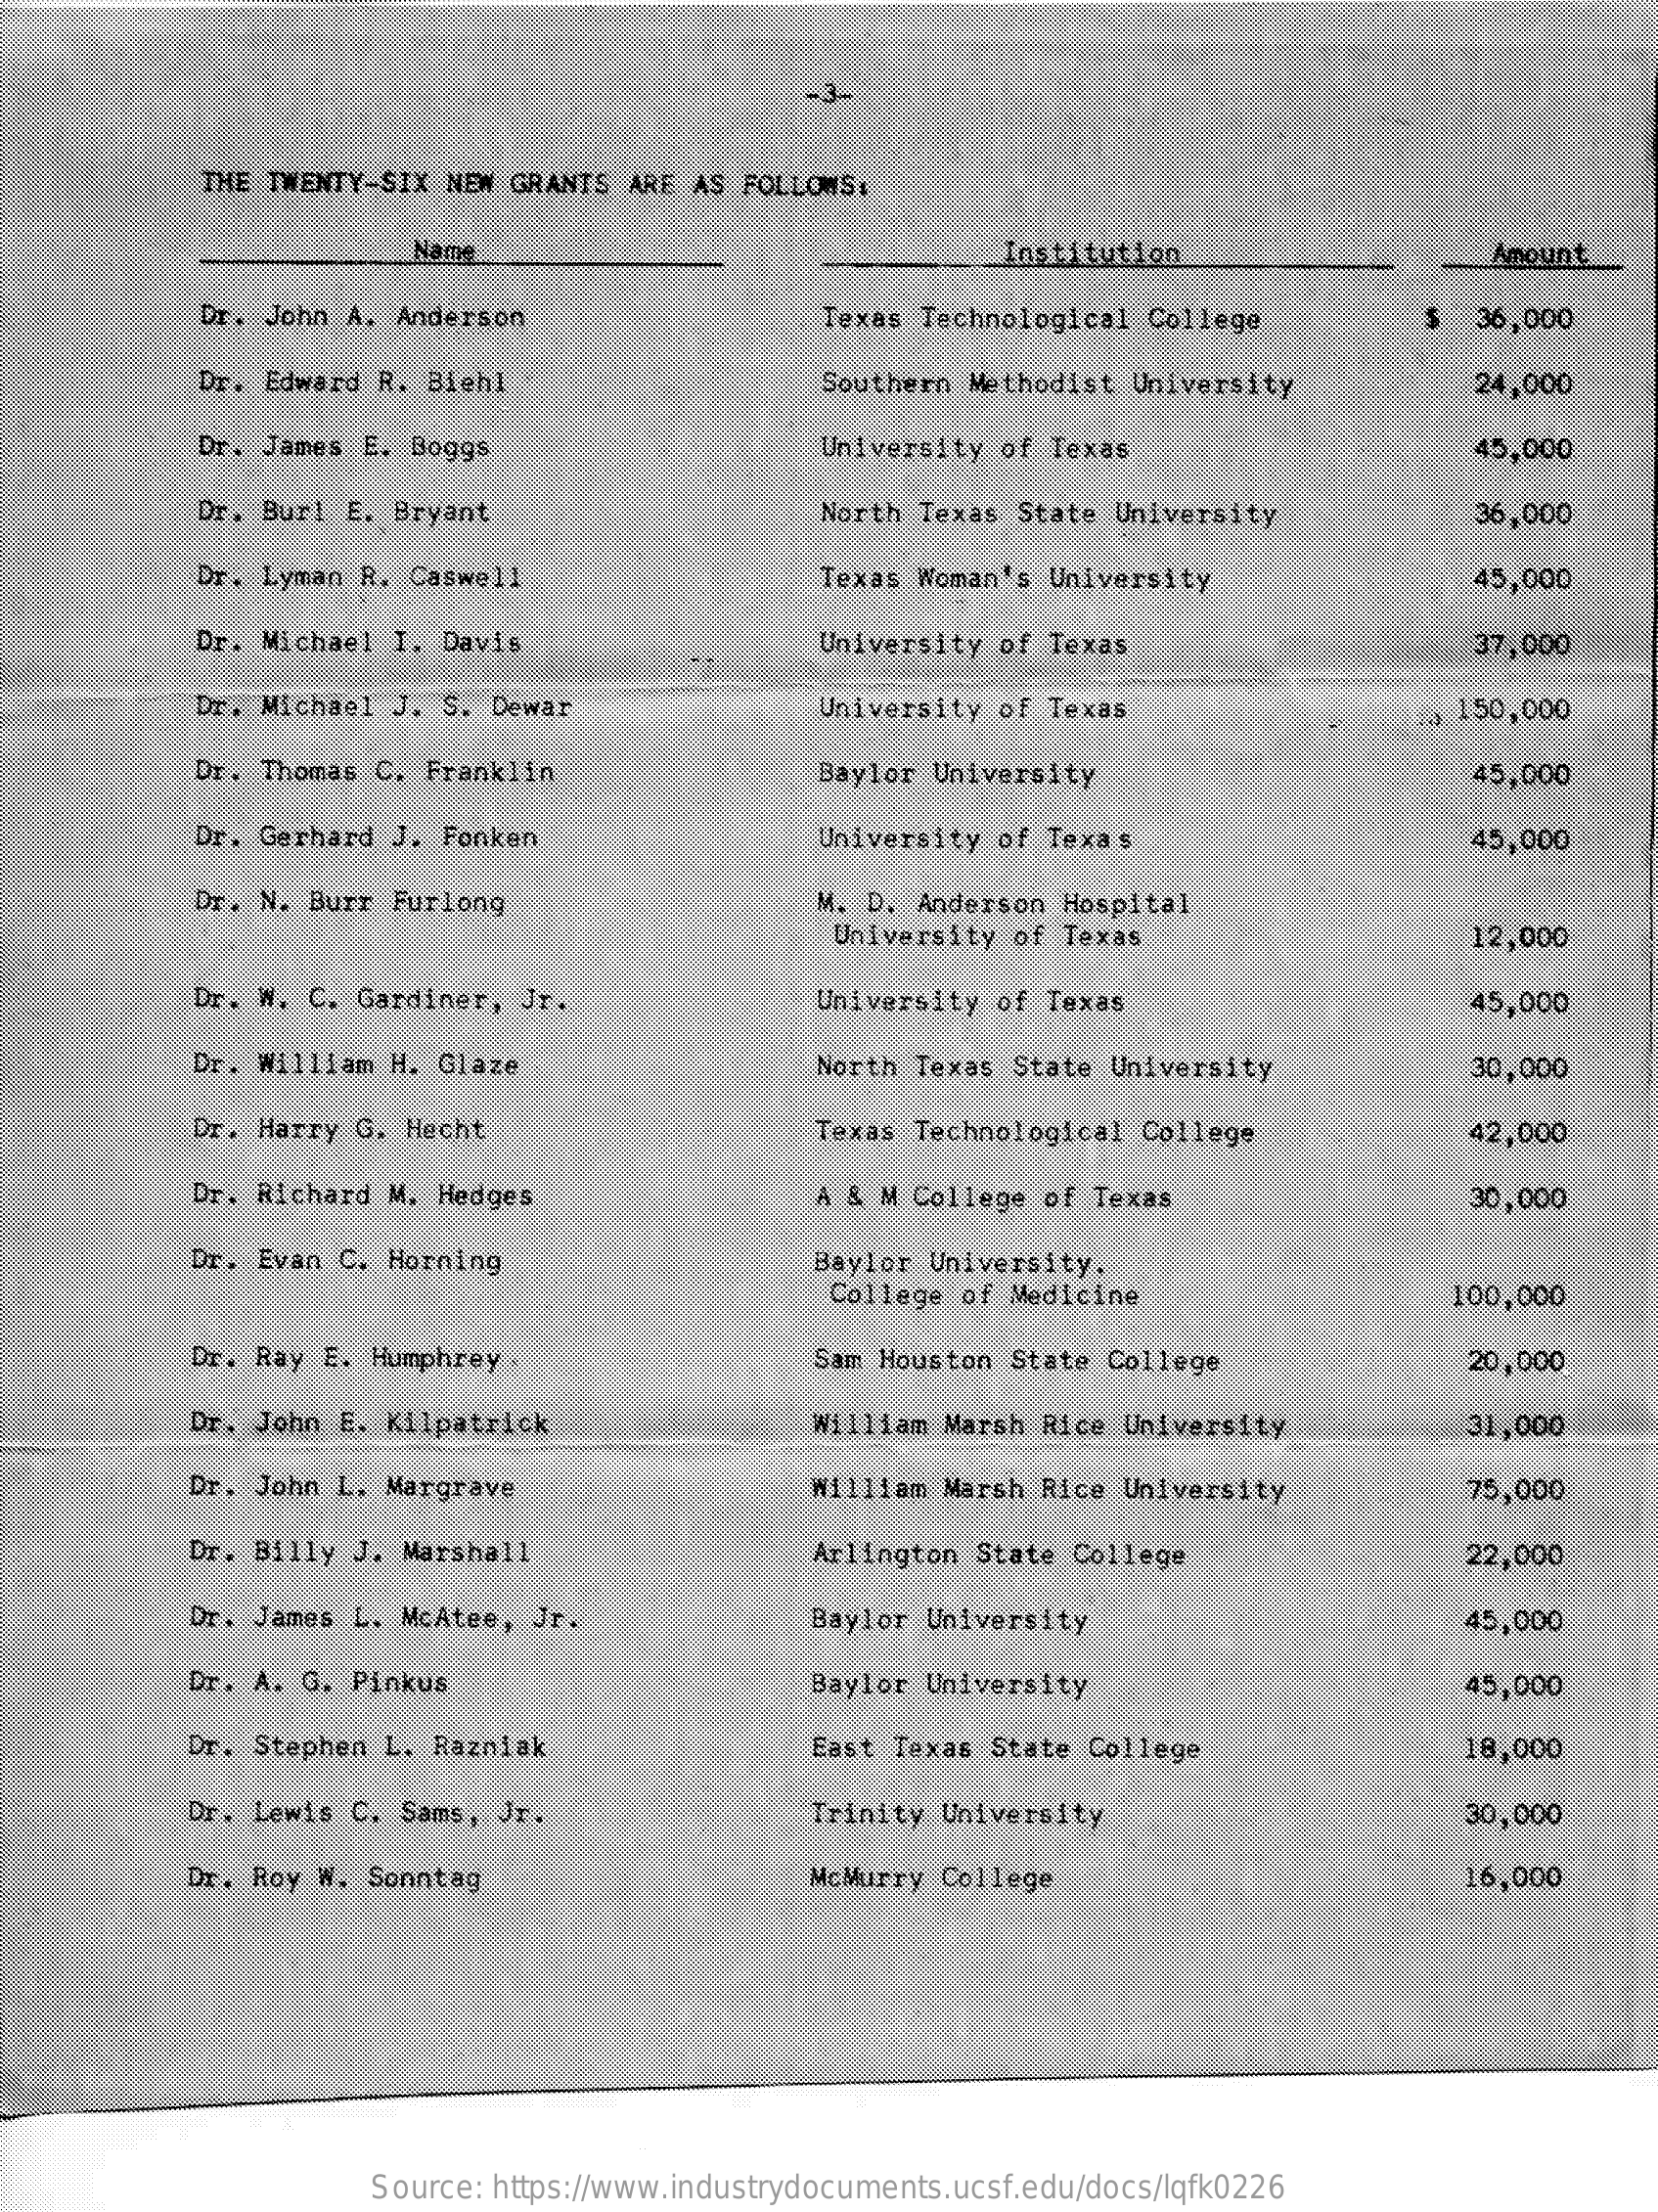
-3.
     THE TWENTY-SIX  NEW GRANTS  ARE AS FOLLOWS:
     Name    Institution    Amount
     Dr. John A.  Anderson    Texas Technological College    36,000
     Dr. Edward R.  Biehl    Southern  Methodist University    24,000
     Dr. James  E. Boggs    University  of Texas    45,000
     Dr. Burl E.  Bryant    North  Texas State University    36,000
     Dr. Lyman R.  Caswell    Texas Woman's University    45,000
     Dr. Michael  I. Davis    University  of Texas    37,000
     Dr. Michael  J. S. Dewar    University  of Texas    , 150,000
     Dr. Thomas C.  Franklin    Baylor University    45,000
     Dr. Gerhard  J. Fonken    University  of Texas    45,000
     Dr. N. Burr  Furlong    M. D. Anderson  Hospital
     University  of Texas    12,000
     Dr. W. C. Gardiner,  Jr.    University  of Texas    45,000
     Dr. William H. Glaze    North Texas  State University    30,000
     Dr. Harry G. Hecht    Texas Technological  College    42,000
     Dr. Richard M. Hedges    A & M College  of Texas    30,000
     Dr. Evan C. Horning    Baylor University.
     College of Medicine    100,000
     Dr. Ray E. Humphrey    Sam Houston State  College    20,000
     Dr. John E. Kilpatrick    William Marsh  Rice University    31,000
     Dr. John L. Margrave    William Marsh Rice  University    75,000
     Dr. Billy J. Marshall    Arlington State College    22,000
     Dr. James L. McAtee,  Jr.    Baylor University    45,000
     Dr. A. G. Pinkus    Baylor University    45,000
     Dr.  Stephen L. Razniak    East Texas State  College    18,000
     Dr. Lewis C. Sams, Jr.    Trinity University    30,000
     Dr. Roy W.  Sonntag    McMurry  College    16,000
     Source: https://www.industrydocuments.ucsf.edu/docs/lqfk0226